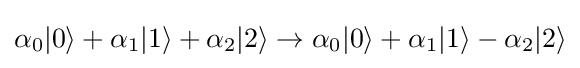
\alpha _{0}|0\rangle +\alpha _{1}|1\rangle +\alpha _{2}|2\rangle \rightarrow \alpha _{0}|0\rangle +\alpha _{1}|1\rangle -\alpha _{2}|2\rangle